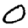
Digit: 0